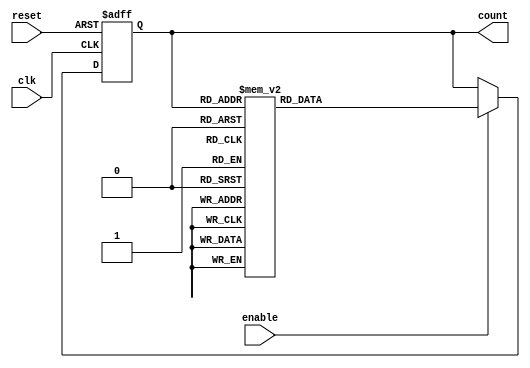
module async_counter (
    input wire clk,
    input wire reset,
    input wire enable,
    output reg [2:0] count // 3-bit counter (max count = 7)
);

// Asynchronous reset and counting logic
always @(posedge clk or posedge reset) begin
    if (reset) begin
        count <= 3'b000; // Asynchronously reset the counter to 0
    end else if (enable) begin
        // Counting mechanism (T flip-flop behavior)
        case (count)
            3'b000: count <= 3'b001;
            3'b001: count <= 3'b010;
            3'b010: count <= 3'b011;
            3'b011: count <= 3'b100;
            3'b100: count <= 3'b101;
            3'b101: count <= 3'b110;
            3'b110: count <= 3'b111; // Count up to max value
            3'b111: count <= 3'b000; // Roll over to 0
            default: count <= 3'b000; // Safety default
        endcase
    end
end

endmodule